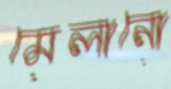
মেলানো